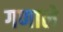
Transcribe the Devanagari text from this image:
गणाले